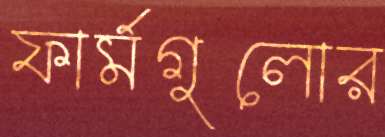
ফার্মগুলোর